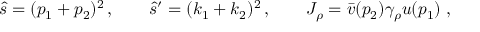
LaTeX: \hat { s } = ( p _ { 1 } + p _ { 2 } ) ^ { 2 } \, , \qquad \hat { s } ^ { \prime } = ( k _ { 1 } + k _ { 2 } ) ^ { 2 } \, , \qquad J _ { \rho } = \bar { v } ( p _ { 2 } ) \gamma _ { \rho } u ( p _ { 1 } ) \; ,